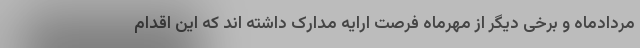
مردادماه و برخی دیگر از مهرماه فرصت ارایه مدارک داشته اند که این اقدام